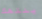
ينتهك